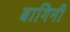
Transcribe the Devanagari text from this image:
बागिनी